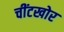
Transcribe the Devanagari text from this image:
चींटखोर